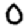
Digit: 0